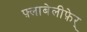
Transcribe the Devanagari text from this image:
फ़्लाबेलीफ़ेर्